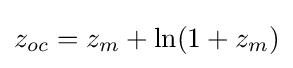
z_{oc}=z_{m}+\ln(1+z_{m})